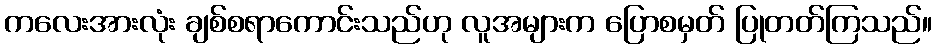
ကလေးအားလုံး ချစ်စရာကောင်းသည်ဟု လူအများက ပြောစမှတ် ပြုတတ်ကြသည်။